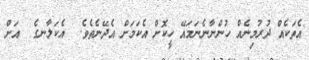
އެތަކެއް ދުރުމިނެއް ހުންނާނެނަމައޭ ހީކޮށް އެކަމަށް އެދޭނެތެވެ.  އެކަލާނގެ  އަށް